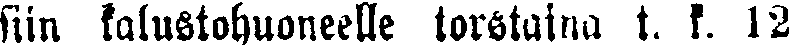
siin kalustohuoneelle torstaina t. k. 12